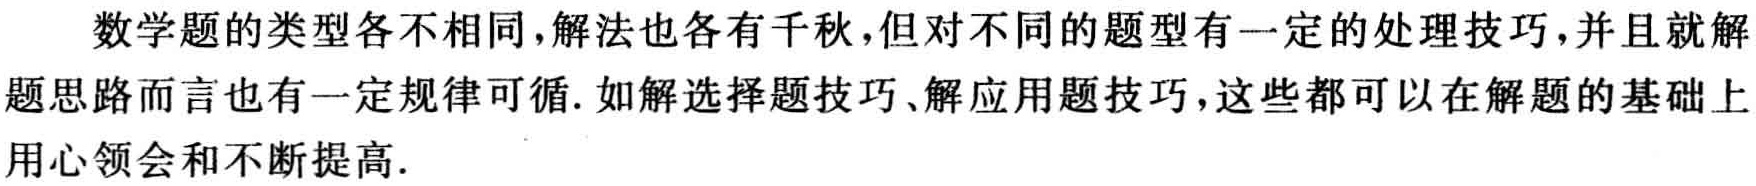
数学题的类型各不相同,解法也各有千秋,但对不同的题型有一定的处理技巧,并且就解题思路而言也有一定规律可循.如解选择题技巧、解应用题技巧,这些都可以在解题的基础上用心领会和不断提高.